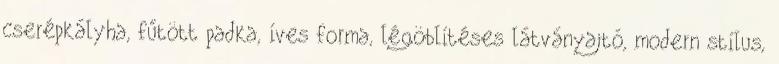
cserépkályha, fűtött padka, íves forma, légöblítéses látványajtó, modern stílus,